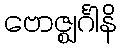
ဗောဇ္ဈင်္ဂါနိ